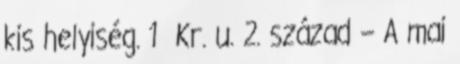
kis helyiség. 1 Kr. u. 2. század – A mai